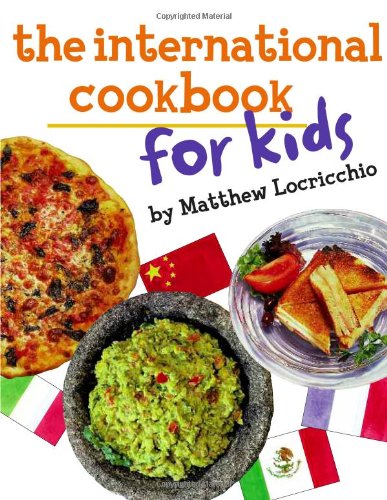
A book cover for The International Cookbook for Kids; Matthew Locricchio; Children's Books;